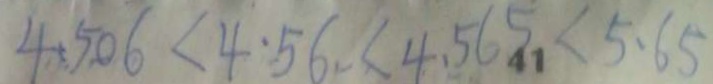
4 . 5 0 6 < 4 . 5 6 < 4 . 5 6 5 < 5 . 6 5